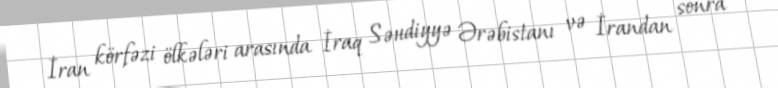
İran körfəzi ölkələri arasında İraq Səudiyyə Ərəbistanı və İrandan sonra